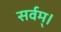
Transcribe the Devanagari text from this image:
सर्वम्।